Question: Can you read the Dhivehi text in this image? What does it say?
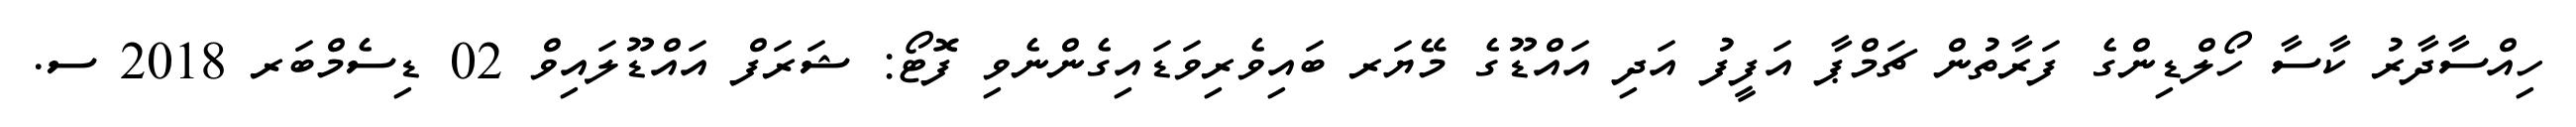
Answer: ހިއްސާދާރު ކާސާ ހޯލްޑިންގެ ފަރާތުން ޗަމްޕާ އަފީފު އަދި އައްޑޫގެ މޭޔަރ ބައިވެރިވަޑައިގެންނެވި ފޮޓޯ: ޝަރަފް އައްޑޫލައިވް 02 ޑިސެމްބަރ 2018 ސ.